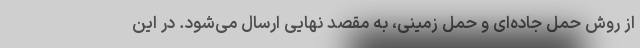
از روش حمل جاده‌ای و حمل زمینی، به مقصد نهایی ارسال می‌شود. در این